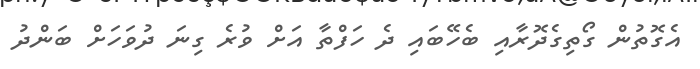
އެގޮތުން ގޯތިގެދޮރާއި ބެހޭބައި ދެ ހަފްތާ އަށް ވުރެ ގިނަ ދުވަހަށް ބަންދު